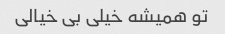
تو همیشه خیلی بی خیالی